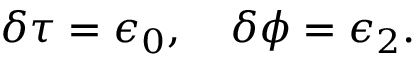
\delta \tau = \epsilon _ { 0 } , \quad \delta \phi = \epsilon _ { 2 } .